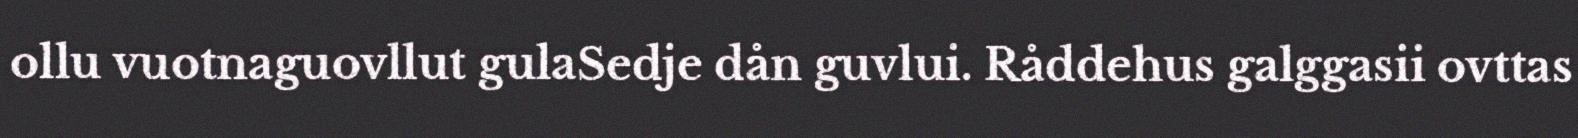
ollu vuotnaguovllut gulaSedje dån guvlui. Råddehus galggasii ovttas